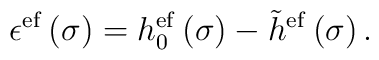
\epsilon ^{{\rm ef}}\left( \sigma \right) =h_0^{{\rm ef}}\left( \sigma\right) -\tilde h^{{\rm ef}}\left( \sigma \right) .